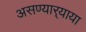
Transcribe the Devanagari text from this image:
असण्यार्‍याया